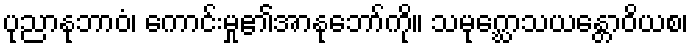
ပုညာနုဘာဝံ၊ ကောင်းမှု၏အာနုဘော်ကို။ သမုဂ္ဃောသယန္တောဝိယစ၊